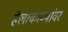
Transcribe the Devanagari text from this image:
हेलाकाव्यांवर